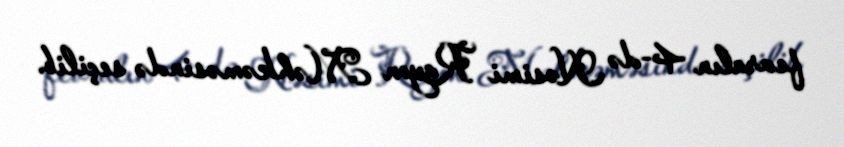
fevralın 4-də Nəsimi Rayon Məhkəməsində seçilib.